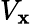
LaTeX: V_{\mathbf{x}}